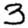
Digit: 3